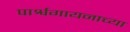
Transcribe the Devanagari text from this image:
पार्श्वगायनाच्या